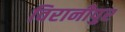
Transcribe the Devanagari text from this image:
विरानीपुर